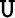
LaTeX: \mathtt{U}